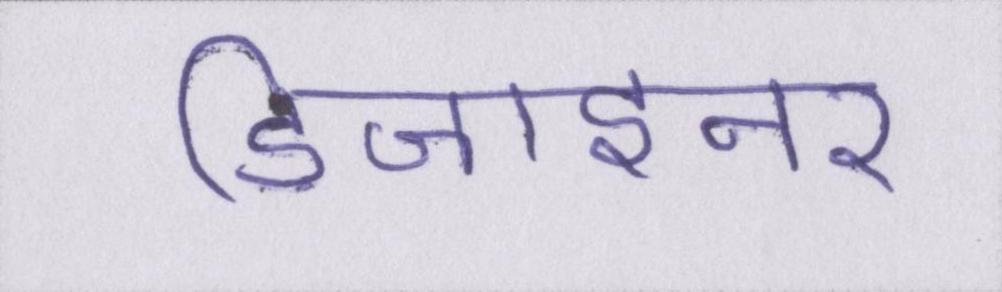
डिजाइनर